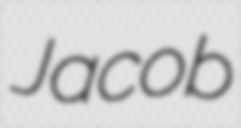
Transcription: Jacob